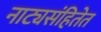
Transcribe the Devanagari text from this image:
नाट्यसंहितेत